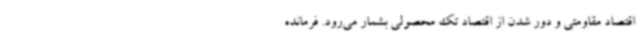
اقتصاد مقاومتی و دور شدن از اقتصاد تک محصولی بشمار می‌رود. فرمانده